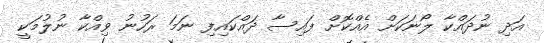
އަދި ނުދައްކާ ލޯނަކަށް އެއްކޮށް ފައިސާ ދައްކައިފި ނަމަ ރަހުނު ވިއްކާ ނުލުމަކީ